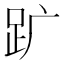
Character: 𧿈